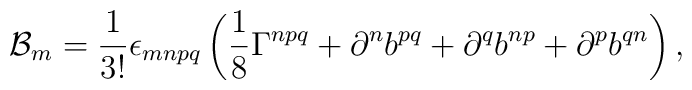
{\cal B}_m = {1 \over 3!} \epsilon_{mnpq} \left( {1 \over 8}\Gamma^{npq} + \partial^n b^{pq} + \partial^q b^{np}+ \partial^p b^{qn} \right),